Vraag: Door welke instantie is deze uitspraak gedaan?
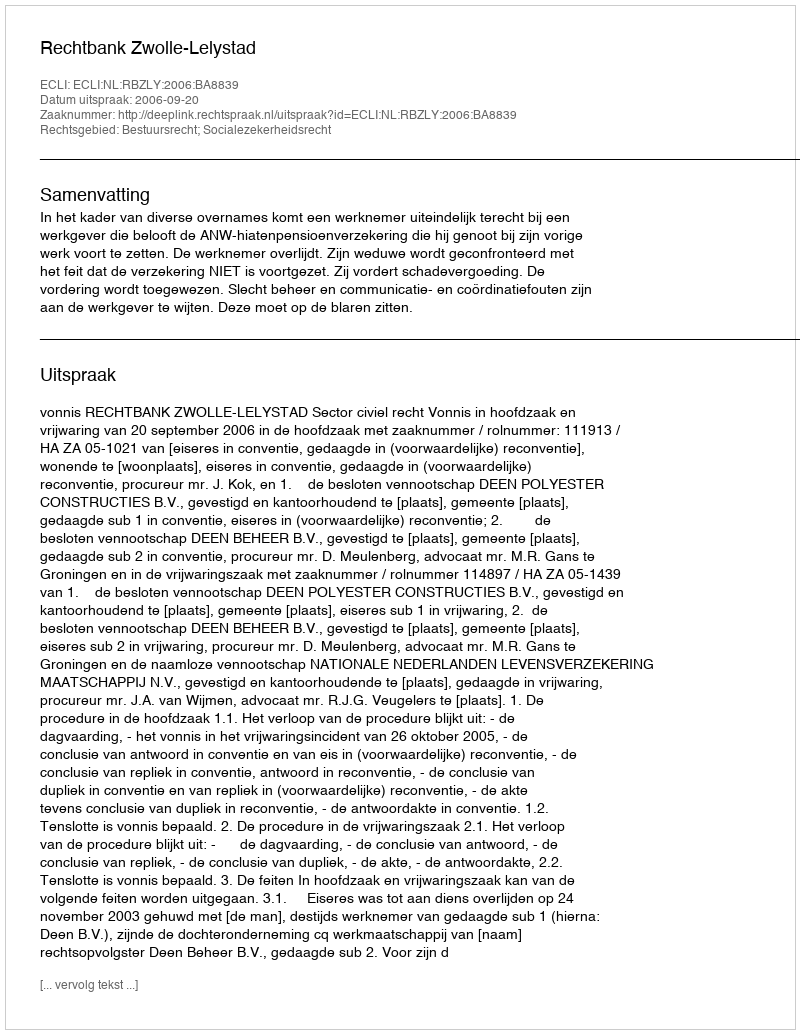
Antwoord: Rechtbank Zwolle-Lelystad